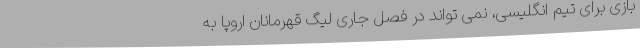
بازی برای تیم انگلیسی، نمی تواند در فصل جاری لیگ قهرمانان اروپا به